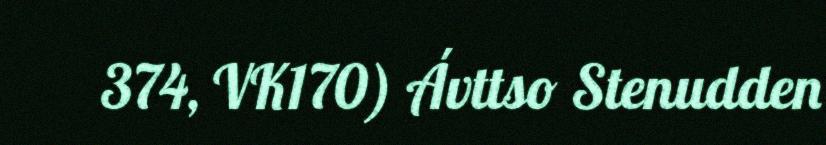
374, VK170) Ávttso Stenudden